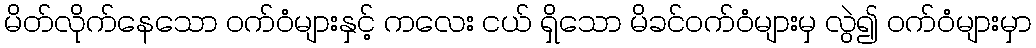
မိတ်လိုက်နေသော ဝက်ဝံများနှင့် ကလေး ငယ် ရှိသော မိခင်ဝက်ဝံများမှ လွဲ၍ ဝက်ဝံများမှာ